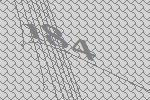
184